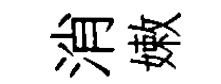
消嫩